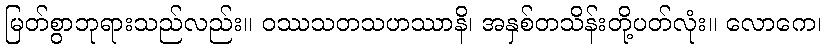
မြတ်စွာဘုရားသည်လည်း။ ဝဿသတသဟဿာနိ၊ အနှစ်တသိန်းတို့ပတ်လုံး။ လောကေ၊